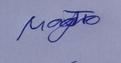
Signature authenticity: genuine